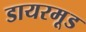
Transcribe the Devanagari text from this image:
डायरमूड